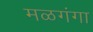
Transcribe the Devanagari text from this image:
मळगंगा